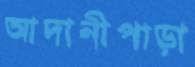
আদানীপাড়া